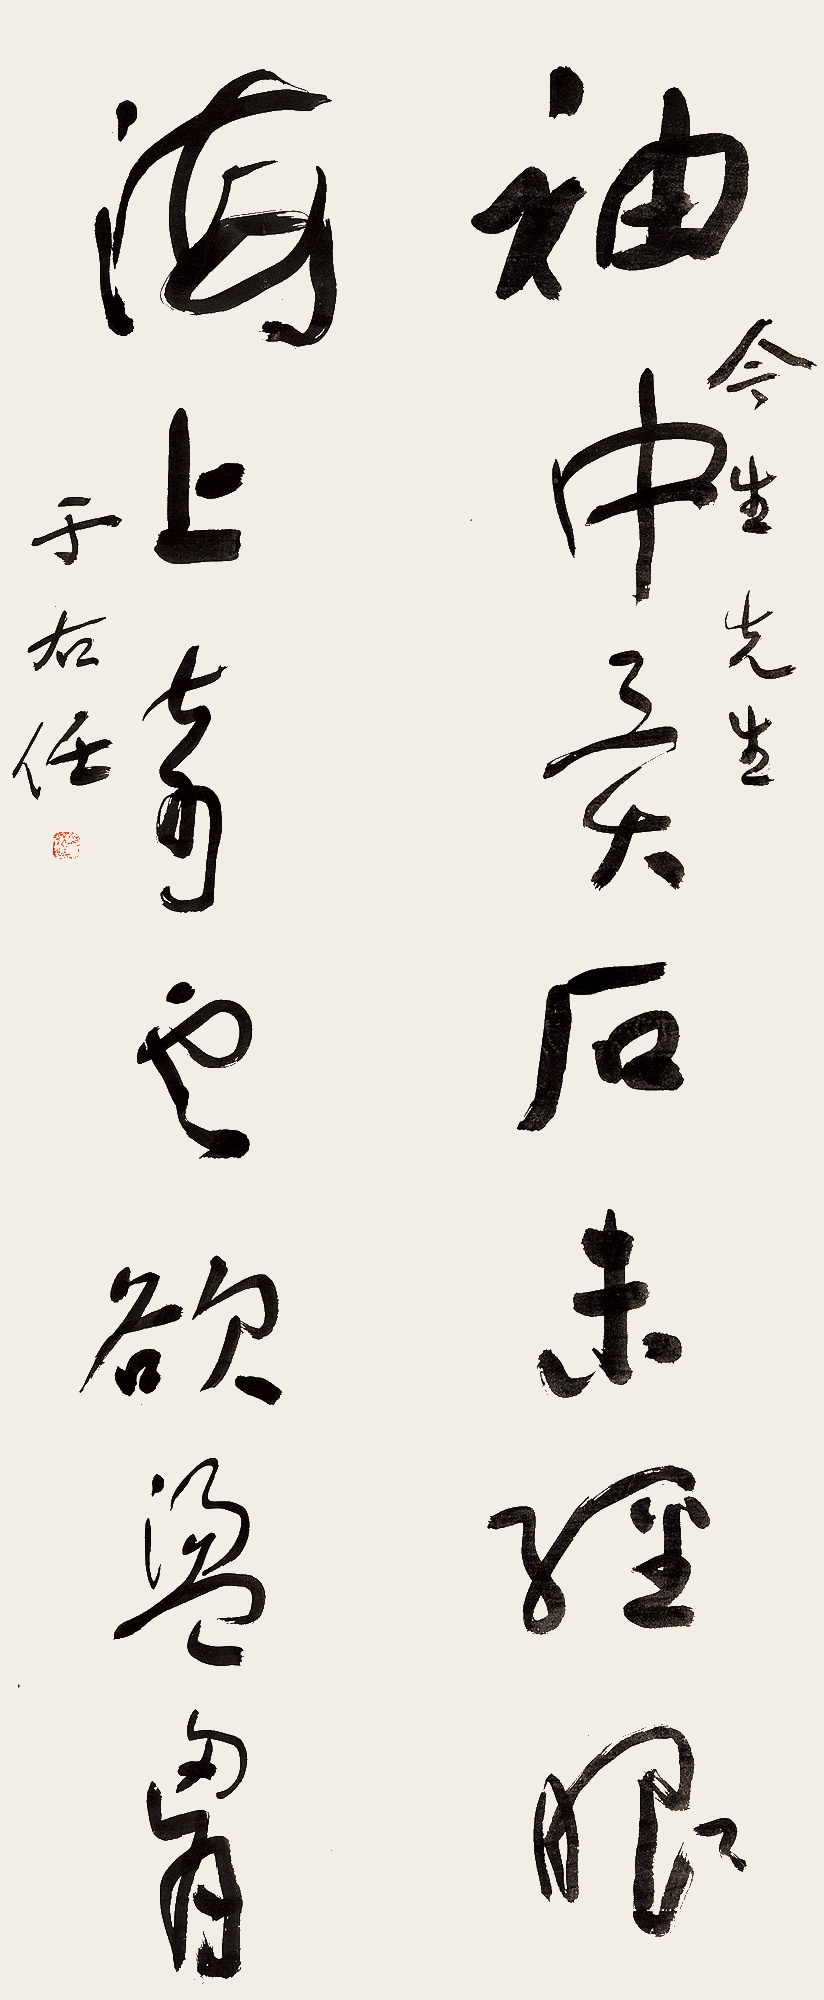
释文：袖中异石未经眼，海上奇云欲荡胸。今生先生。于右任。